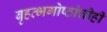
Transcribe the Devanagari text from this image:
बृहत्भगोष्ठांचीही